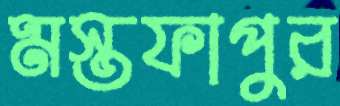
মস্তফাপুর